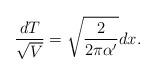
LaTeX: \begin{align*}\frac{dT}{\sqrt{V}}=\sqrt{\frac{2}{2\pi\alpha'}}dx.\end{align*}